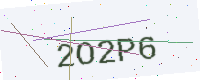
Text: 2O2P6